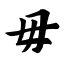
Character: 毋